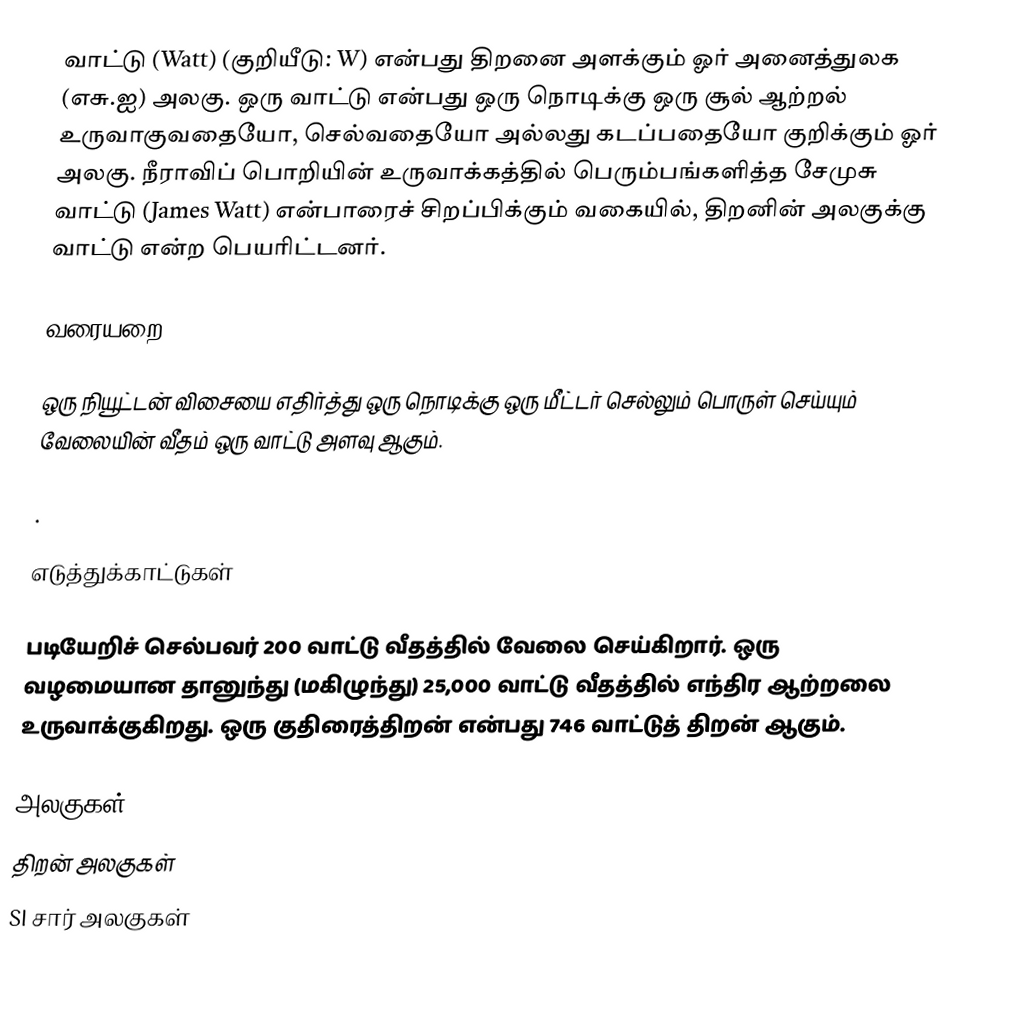
வாட்டு (Watt) (குறியீடு: W) என்பது திறனை அளக்கும் ஓர் அனைத்துலக (எசு.ஐ) அலகு. ஒரு வாட்டு என்பது ஒரு நொடிக்கு ஒரு சூல் ஆற்றல் உருவாகுவதையோ, செல்வதையோ அல்லது கடப்பதையோ குறிக்கும் ஓர் அலகு. நீராவிப் பொறியின் உருவாக்கத்தில் பெரும்பங்களித்த சேமுசு வாட்டு (James Watt) என்பாரைச் சிறப்பிக்கும் வகையில், திறனின் அலகுக்கு வாட்டு என்ற பெயரிட்டனர்.

வரையறை

ஒரு நியூட்டன் விசையை எதிர்த்து ஒரு நொடிக்கு ஒரு மீட்டர் செல்லும் பொருள் செய்யும் வேலையின் வீதம் ஒரு வாட்டு அளவு ஆகும்.

.

எடுத்துக்காட்டுகள்

படியேறிச் செல்பவர் 200  வாட்டு வீதத்தில் வேலை செய்கிறார். ஒரு வழமையான தானுந்து (மகிழுந்து) 25,000 வாட்டு வீதத்தில் எந்திர ஆற்றலை உருவாக்குகிறது. ஒரு குதிரைத்திறன் என்பது 746 வாட்டுத் திறன் ஆகும்.

அலகுகள்
திறன் அலகுகள்
SI சார் அலகுகள்